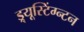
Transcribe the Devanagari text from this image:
ड्र्यूस्टिंग्न्टन